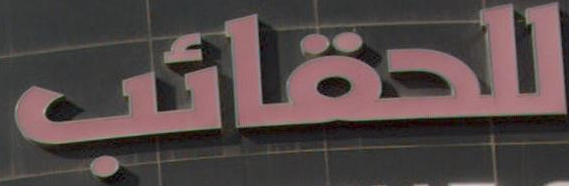
للحقائب